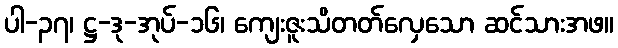
ပါ-၃၇၊ ဋ္ဌ-ဒု-အုပ်-၁၆၊ ကျေးဇူးသိတတ်လှေသော ဆင်သားအဖ။